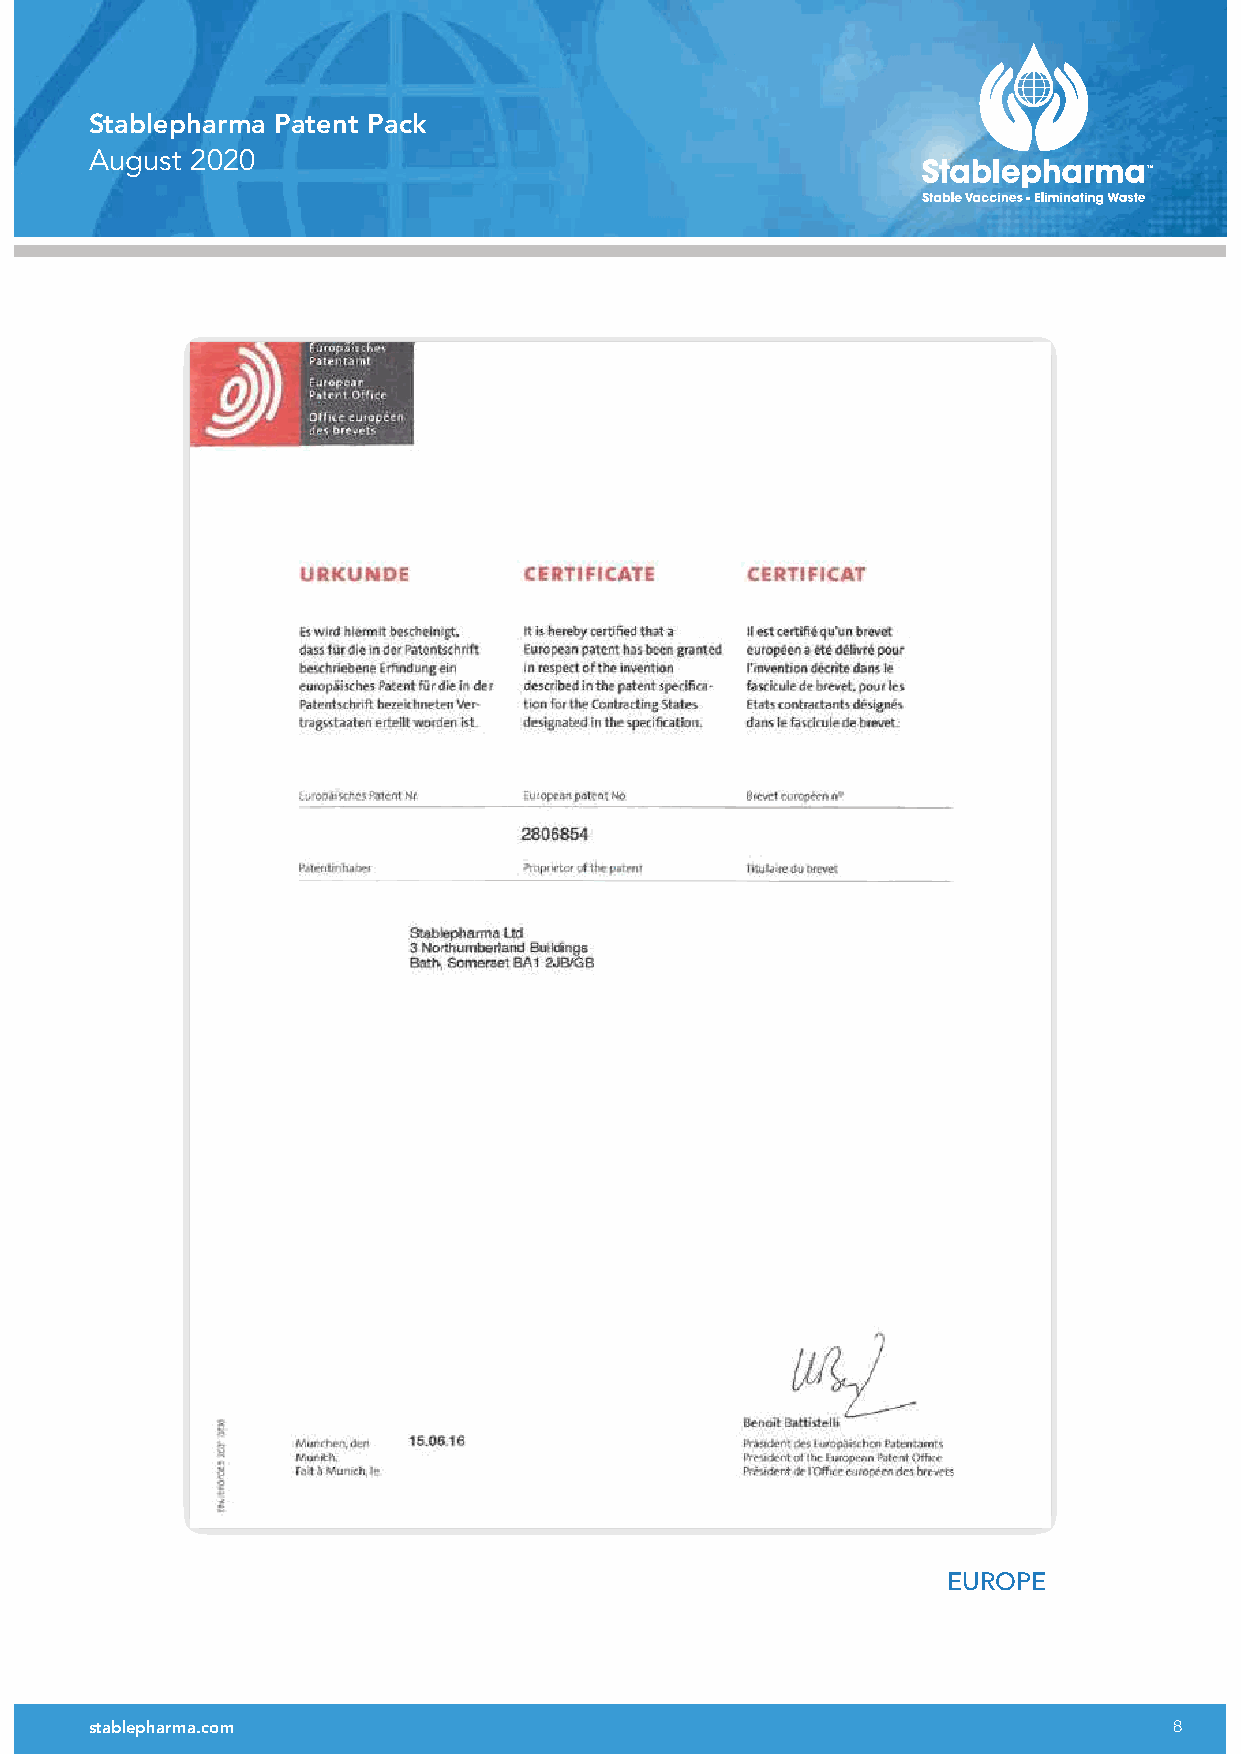
Stablepharma Patent Pack
 August 2020
 EUROPE
 stablepharma.com                                                        8